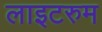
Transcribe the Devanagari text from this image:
लाइटरुम